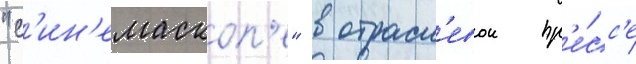
"с'ин'емаскоп'е" в отрасл'евои пр'е́сс'е